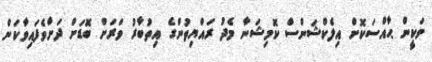
ވަކީން ޙާއްސަކޮށް އިލެކްޝަންސް ކޮމިޝަނާ މެދު ރައްޔިތުންގެ އިތުބާރު ވަރަށް ބޮޑަށް ދަށްވެފައިވާކަން